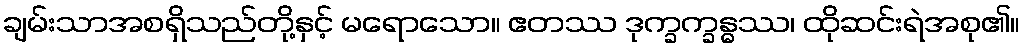
ချမ်းသာအစရှိသည်တို့နှင့် မရောသော။ ဧတဿ ဒုက္ခက္ခန္ဓဿ၊ ထိုဆင်းရဲအစု၏။